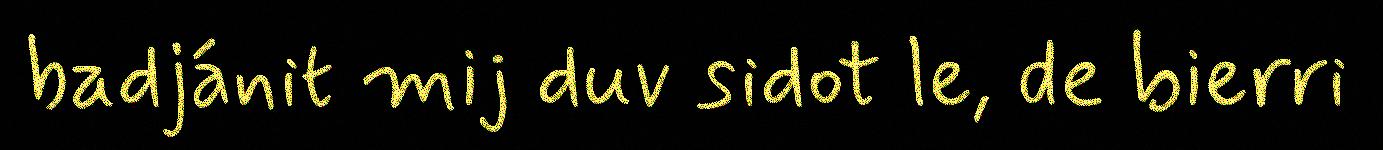
badjánit mij duv sidot le, de bierri